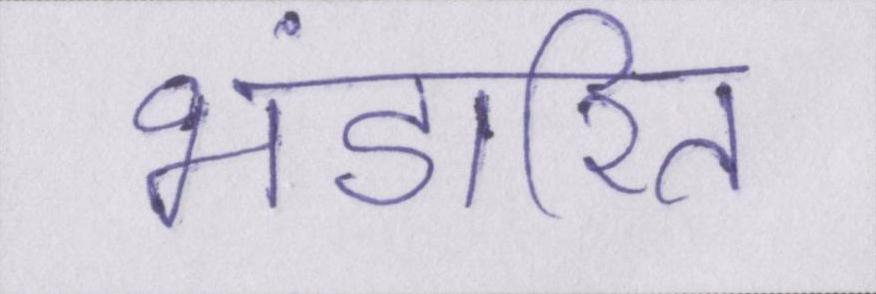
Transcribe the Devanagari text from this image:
भंडारित